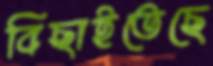
বিছাইতেছে